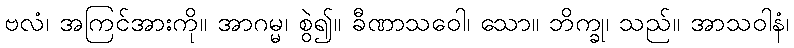
ဗလံ၊ အကြင်အားကို။ အာဂမ္မ၊ စွဲ၍။ ခီဏာသဝေါ၊ သော။ ဘိက္ခု၊ သည်။ အာသဝါနံ၊